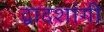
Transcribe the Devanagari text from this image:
द्वादशांगी